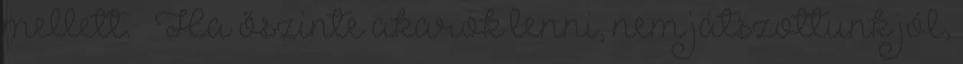
mellett. – Ha őszinte akarok lenni, nem játszottunk jól,